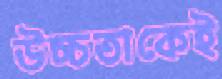
উচ্চতাকেই